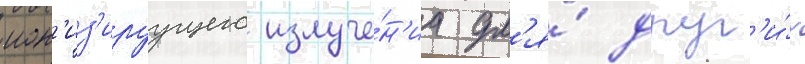
ион'из'ируущего излуче́н'иа дл'я́ друг'и́х